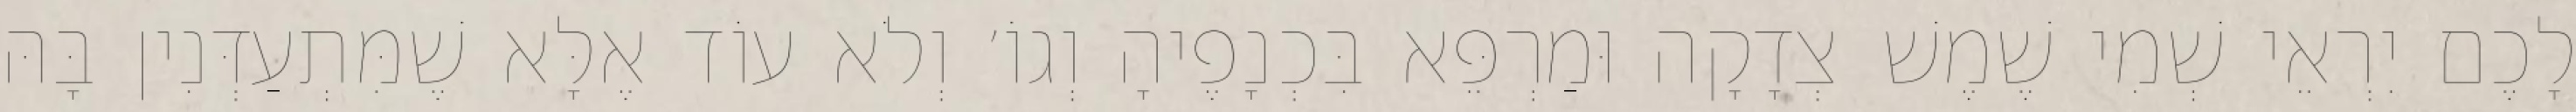
לָכֶם יִרְאֵי שְׁמִי שֶׁמֶשׁ צְדָקָה וּמַרְפֵּא בִּכְנָפֶיהָ וְגוֹ׳ וְלֹא עוֹד אֶלָּא שֶׁמִּתְעַדְּנִין בָּהּ